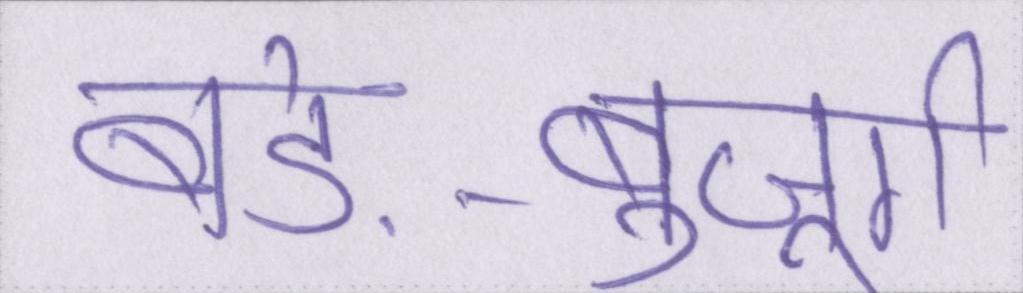
बड़े-बुजूर्ग